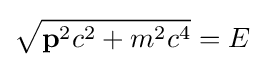
{\sqrt {\mathbf {p} ^{2}c^{2}+m^{2}c^{4}}}=E